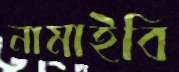
নামাইবি